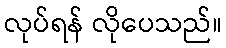
လုပ်ရန် လိုပေသည်။